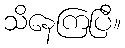
သိနေကြပြီ။